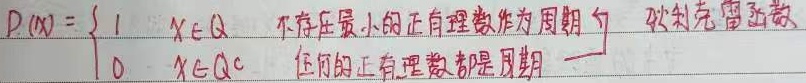
狄利克雷函数
\(D(x)=\begin{cases}
1, & x\in\mathbb{Q}, & \text{不存在最小的正有理数作为周期}\\
0, & x\in\mathbb{Q}^c, & \text{任何的正有理数都是周期}
\end{cases}\)